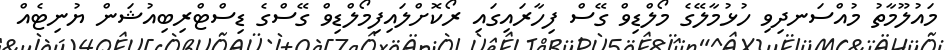
މައުލޫމާތު މުއްސަނދިވި ހުޅުމާލޭގެ މޯލްޑިވް ގޭސް ފިހާރައިގައި ރޯކޮށްލައިފިމޯލްޑިވް ގޭސްގެ ޑިސްޓްރިބިއުޝަން ޔުނިޓެއް